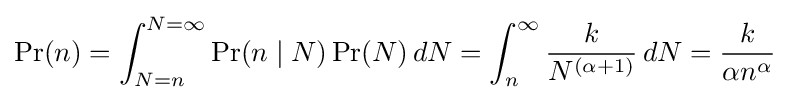
\Pr(n)=\int _{N=n}^{N=\infty }\Pr(n\mid N)\Pr(N)\,dN=\int _{n}^{\infty }{\frac {k}{N^{(\alpha +1)}}}\,dN={\frac {k}{{\alpha }n^{\alpha }}}